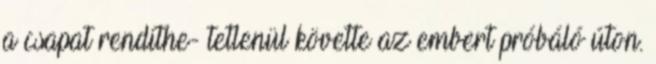
a csapat rendíthe- tetlenül követte az embert próbáló úton.